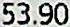
53.90